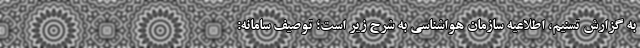
به گزارش تسنیم، اطلاعیه سازمان هواشناسی به شرح زیر است؛ توصیف سامانه: